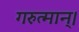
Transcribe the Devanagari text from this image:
गरुत्मान्।